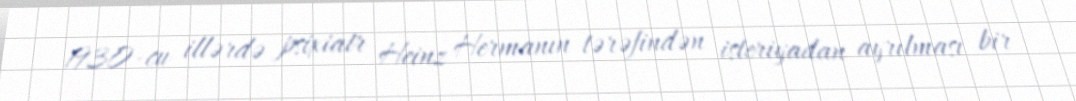
1930-cu illərdə psixiatr Heinz Hermanın tərəfindən isteriyadan ayrılması bir